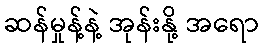
ဆန်မှုန့်နဲ့ အုန်းနို့ အရော